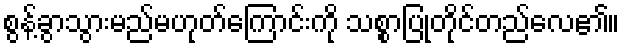
စွန့်ခွာသွားမည်မဟုတ်ကြောင်းကို သစ္စာပြုတိုင်တည်လေ၏။